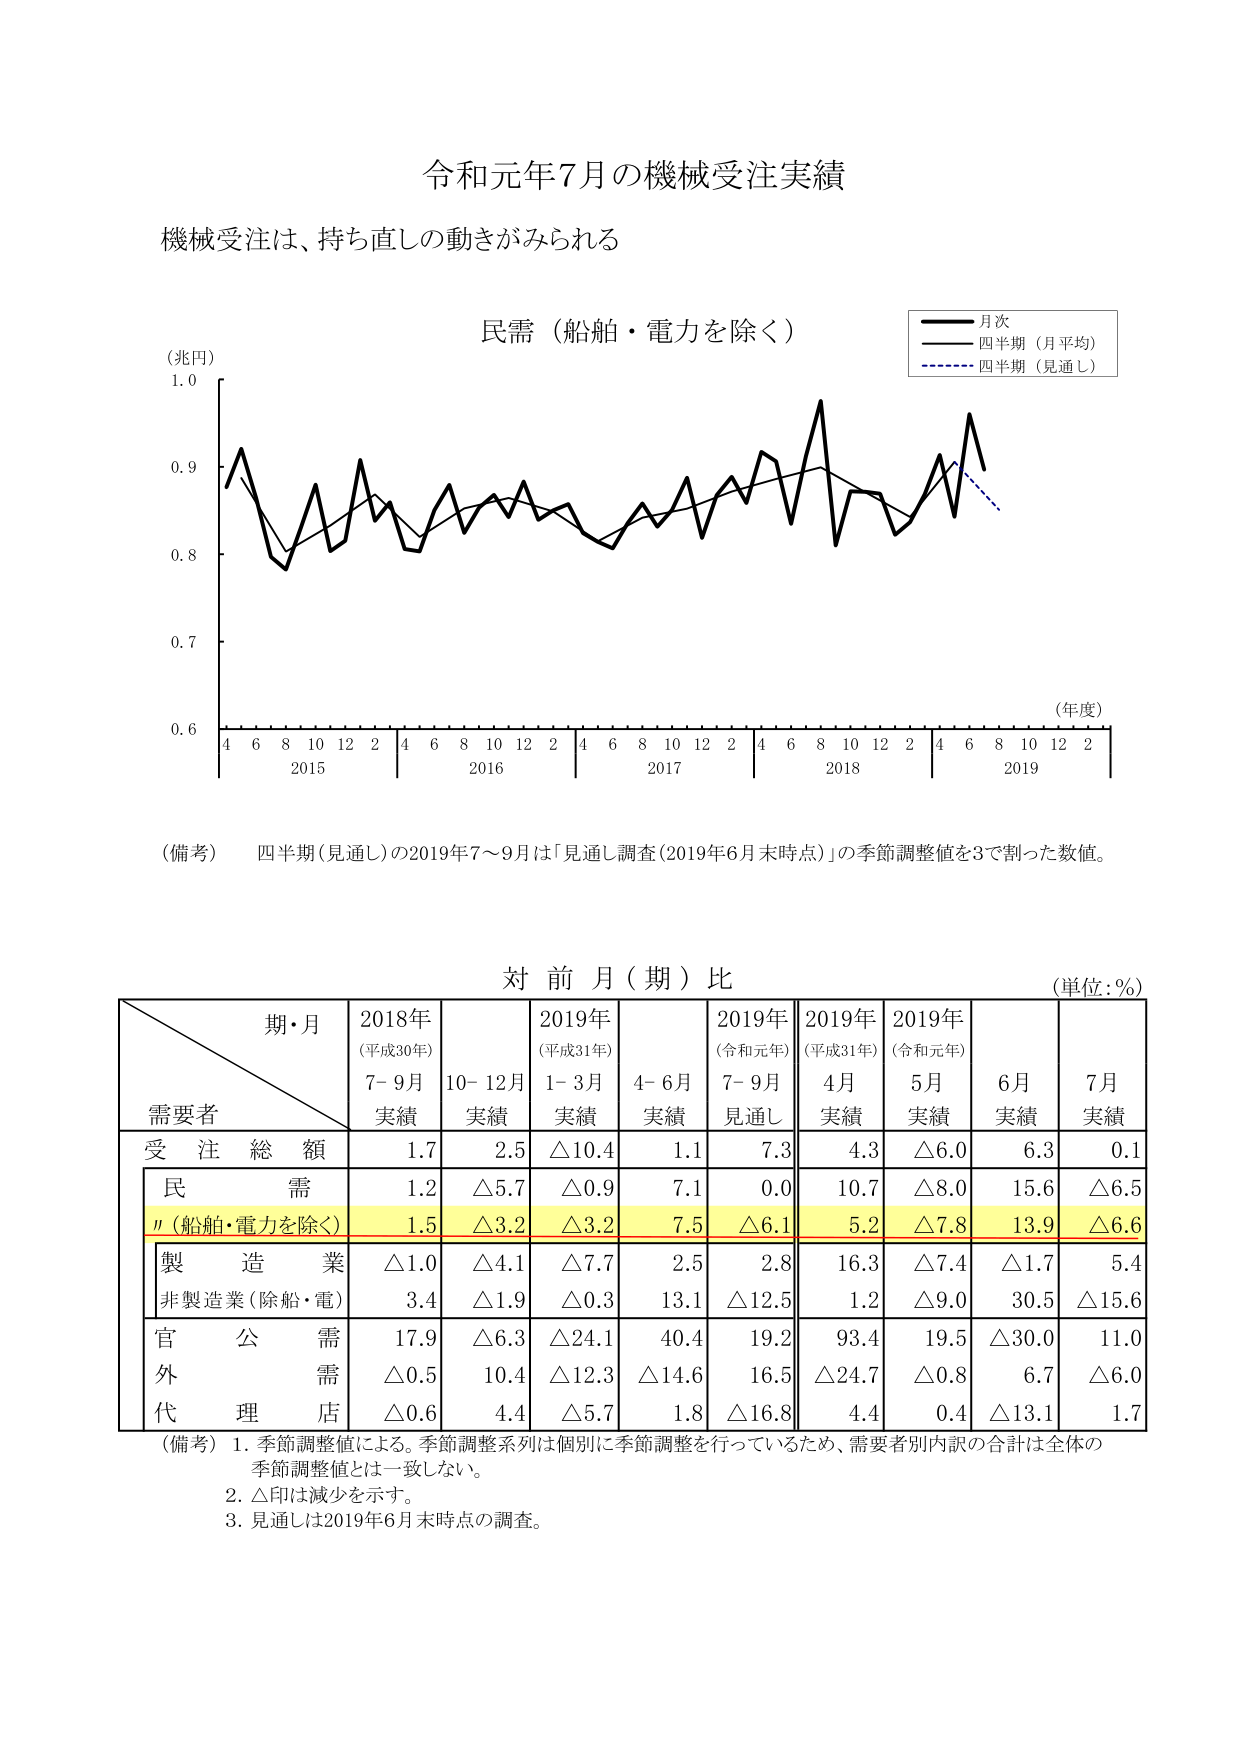
令和元年7月の機械受注実績
機械受注は、持ち直しの動きがみられる

民需（船舶・電力を除く）
（兆円）
1.0
0.9
0.8
0.7
0.6
4 6 8 10 12 2 4 6 8 10 12 2 4 6 8 10 12 2 4 6 8 10 12 2 4 6 8 10 12 2
2015 2016 2017 2018 2019
（年度）

■ 月次
―― 四半期（月平均）
- - - - 四半期（見通し）

（備考） 四半期（見通し）の2019年7～9月は「見通し調査（2019年6月末時点）」の季節調整値を3で割った数値。

対 前 月（期）比
（単位：％）

期・月
需要者
2018年
（平成30年）
7-9月
実績
10-12月
実績
2019年
（平成31年）
1-3月
実績
4-6月
実績
2019年
（令和元年）
7-9月
見通し
2019年
（平成31年）
4月
実績
2019年
（令和元年）
5月
実績
6月
実績
7月
実績

受 注 総 額
1.7
2.5
△10.4
1.1
7.3
4.3
△6.0
6.3
0.1

民 需
1.2
△5.7
△0.9
7.1
0.0
10.7
△8.0
15.6
△6.5

〃（船舶・電力を除く）
1.5
△3.2
△3.2
7.5
△6.1
5.2
△7.8
13.9
△6.6

製 造 業
△1.0
△4.1
△7.7
2.5
2.8
16.3
△7.4
△1.7
5.4

非製造業（除船・電）
3.4
△1.9
△0.3
13.1
△12.5
1.2
△9.0
30.5
△15.6

官 公 需
17.9
△6.3
△24.1
40.4
19.2
93.4
19.5
△30.0
11.0

外 需
△0.5
10.4
△12.3
△14.6
16.5
△24.7
△0.8
6.7
△6.0

代 理 店
△0.6
4.4
△5.7
1.8
△16.8
4.4
0.4
△13.1
1.7

（備考）
1. 季節調整値による。季節調整系列は個別に季節調整を行っているため、需要者別内訳の合計は全体の季節調整値とは一致しない。
2. △印は減少を示す。
3. 見通しは2019年6月末時点の調査。